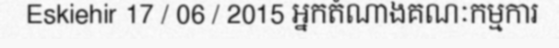
Eskiehir 17 / 06 / 2015 អ្នកតំណាងគណៈកម្មការ